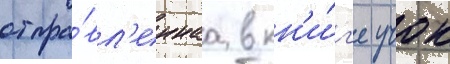
отпра́вл'еннаа в кн'и́г'е учок